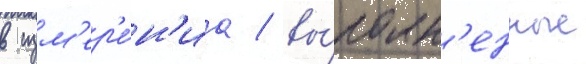
в изм'ер'е́н'иа / вы́полн'енные